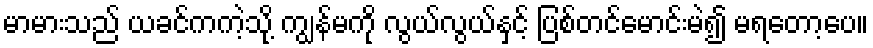
မာမားသည် ယခင်ကကဲ့သို့ ကျွန်မကို လွယ်လွယ်နှင့် ပြစ်တင်မောင်းမဲ၍ မရတော့ပေ။